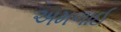
અમળાઈ